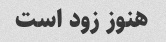
هنوز زود است